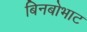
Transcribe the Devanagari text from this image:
बिनबोभाट